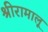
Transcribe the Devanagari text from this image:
श्रीरामालू